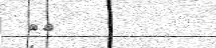
٣٠